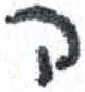
אות: ה